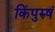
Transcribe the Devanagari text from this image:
किंपुरुषं